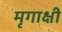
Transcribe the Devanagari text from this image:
मृगाक्षी